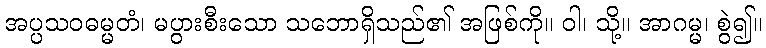
အပ္ပသဝဓမ္မတံ၊ မပွားစီးသော သဘောရှိသည်၏ အဖြစ်ကို။ ဝါ၊ သို့။ အာဂမ္မ၊ စွဲ၍။